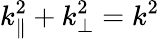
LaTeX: k_{\parallel}^{2}+k_{\perp}^{2}=k^{2}